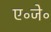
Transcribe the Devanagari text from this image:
ए॰जे॰